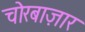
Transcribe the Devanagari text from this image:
चोरबाज़ार